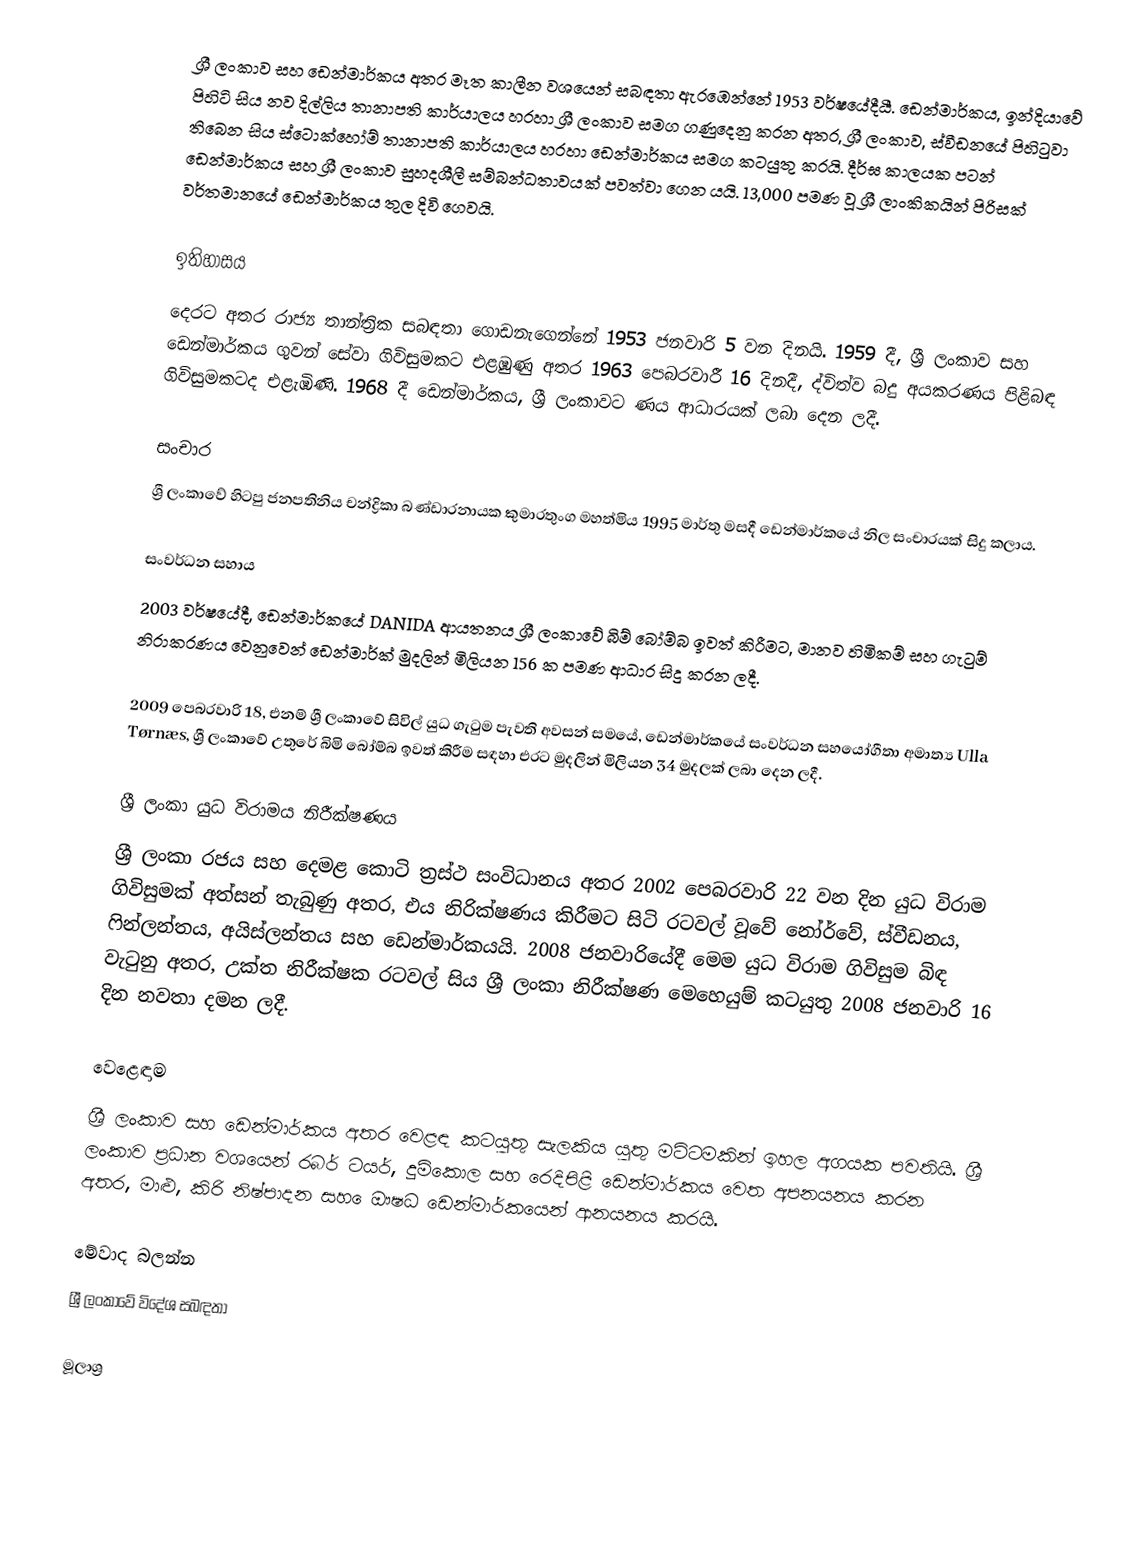
ශ්‍රී ලංකාව සහ ඩෙන්මාර්කය අතර මෑත කාලීන වශයෙන් සබඳතා ඇරඹෙන්නේ 1953 වර්ෂයේදීයී. ඩෙන්මාර්කය, ඉන්දියාවේ පිහිටි සිය නව දිල්ලිය තානාපති කාර්යාලය හරහා ශ්‍රී ලංකාව සමග ගණුදෙනු කරන අතර, ශ්‍රී ලංකාව, ස්වීඩනයේ පිහිටුවා තිබෙන සිය ස්ටොක්හෝම් තානාපති කාර්යාලය හරහා ඩෙන්මාර්කය සමග කටයුතු කරයි. දීර්ඝ කාලයක පටන් ඩෙන්මාර්කය සහ ශ්‍රී ලංකාව සුහදශීලී සම්බන්ධතාවයක් පවත්වා ගෙන යයි. 13,000 පමණ වූ ශ්‍රී ලාංකිකයින් පිරිසක් වර්තමානයේ ඩෙන්මාර්කය තුල දිවි ගෙවයි.

ඉතිහාසය
දෙරට අතර රාජ්‍ය තාන්ත්‍රික සබඳතා ගොඩනැගෙන්නේ 1953 ජනවාරි 5 වන දිනයි. 1959 දී, ශ්‍රී ලංකාව සහ ඩෙන්මාර්කය ගුවන් සේවා ගිවිසුමකට එළඹුණු අතර 1963 පෙබරවාරී 16 දිනදී, ද්විත්ව බදු අයකරණය පිළිබඳ ගිවිසුමකටද එළැඹිණි. 1968 දී ඩෙන්මාර්කය, ශ්‍රී ලංකාවට ණය ආධාරයක් ලබා දෙන ලදී.

සංචාර
ශ්‍රී ලංකාවේ හිටපු ජනපතිනිය චන්ද්‍රිකා බණ්ඩාරනායක කුමාරතුංග මහත්මිය 1995 මාර්තු මසදී ඩෙන්මාර්කයේ නිල සංචාරයක් සිදු කලාය.

සංවර්ධන සහාය
2003 වර්ෂයේදී, ඩෙන්මාර්කයේ DANIDA ආයතනය ශ්‍රී ලංකාවේ බිම් බෝම්බ ඉවත් කිරීමට, මානව හිමිකම් සහ ගැටුම් නිරාකරණය වෙනුවෙන් ඩෙන්මාර්ක් මුදලින් මිලියන 156 ක පමණ ආධාර සිදු කරන ලදී.

2009 පෙබරවාරි 18, එනම් ශ්‍රී ලංකාවේ සිවිල් යුධ ගැටුම පැවති අවසන් සමයේ, ඩෙන්මාර්කයේ සංවර්ධන සහයෝගීතා අමාත්‍ය Ulla Tørnæs, ශ්‍රී ලංකාවේ උතුරේ බිමි බෝම්බ ඉවත් කිරීම සඳහා එරට මුදලින් මිලියන 34 මුදලක් ලබා දෙන ලදී.

ශ්‍රී ලංකා යුධ විරාමය නිරීක්ෂණය
ශ්‍රී ලංකා රජය සහ දෙමළ කොටි ත්‍රස්ථ සංවිධානය අතර 2002 පෙබරවාරි 22 වන දින යුධ විරාම ගිවිසුමක් අත්සන් තැබුණු අතර, එය නිරික්ෂණය කිරීමට සිටි රටවල් වූවේ නෝර්වේ, ස්වීඩනය, ෆින්ලන්තය, අයිස්ලන්තය සහ ඩෙන්මාර්කයයි. 2008 ජනවාරියේදී මෙම යුධ විරාම ගිවිසුම බිඳ වැටුනු අතර, උක්ත නිරීක්ෂක රටවල් සිය ශ්‍රී ලංකා නිරීක්ෂණ මෙහෙයුම් කටයුතු 2008 ජනවාරි 16 දින නවතා දමන ලදී.

වෙළෙඳාම
ශ්‍රී ලංකාව සහ ඩෙන්මාර්කය අතර වෙළඳ කටයුතු සැලකිය යුතු මට්ටමකින් ඉහල අගයක පවතියි. ශ්‍රී ලංකාව ප්‍රධාන වශයෙන් රබර් ටයර්, දුම්කොල සහ රෙදිපිළි ඩෙන්මාර්කය වෙත අපනයනය කරන අතර, මාළු, කිරි නිෂ්පාදන සහ ෙඖෂධ ඩෙන්මාර්කයෙන් ආනයනය කරයි.

මේවාද බලන්න
ශ්‍රී ලංකාවේ විදේශ සබඳතා

මූලාශ්‍ර